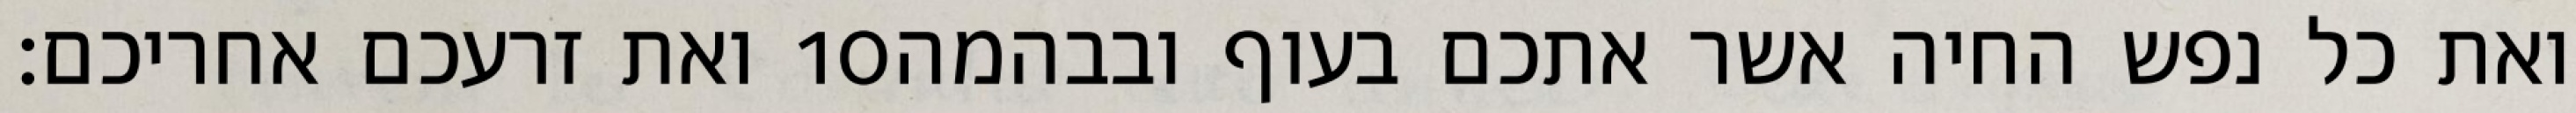
ואת זרעכם אחריכם׃ ‎10‏ ואת כל נפש החיה אשר אתכם בעוף ובבהמה